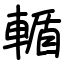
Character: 輴